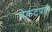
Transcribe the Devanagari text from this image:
वेकंटपती